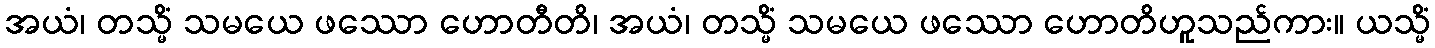
အယံ၊ တသ္မိံ သမယေ ဖဿော ဟောတီတိ၊ အယံ၊ တသ္မိံ သမယေ ဖဿော ဟောတိဟူသည်ကား။ ယသ္မိံ